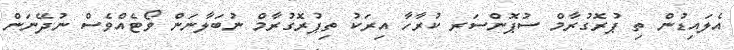
އެލައިޑުން ތި ޕުރޮގުރާމް ސުޕޮންސަރ ކުރާހާ އިރަކު ތިޕުރޮގުރާމް ނުބަލާނަން ވޯޓެއްވެސް ނުދޭނަން